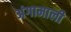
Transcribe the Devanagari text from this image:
अंगामाली